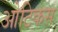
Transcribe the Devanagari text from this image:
ओटिकस